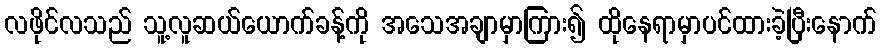
လဖိုင်လသည် သူ့လူဆယ်ယောက်ခန့်ကို အသေအချာမှာကြား၍ ထိုနေရာမှာပင်ထားခဲ့ပြီးနောက်